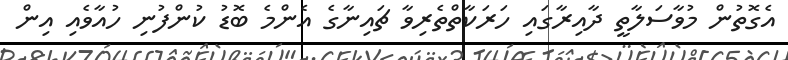
އެގޮތުން މުވާސަލާތީ ދާއިރާގައި ހަރަކާތްތެރިވާ ޗައިނާގެ އެންމެ ބޮޑު ކުންފުނި ހުއާވެއި އިން